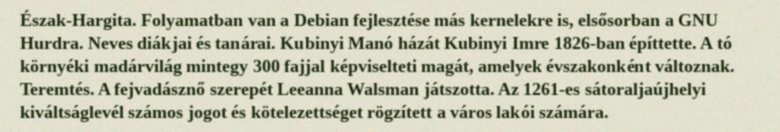
Észak-Hargita. Folyamatban van a Debian fejlesztése más kernelekre is, elsősorban a GNU Hurdra. Neves diákjai és tanárai. Kubinyi Manó házát Kubinyi Imre 1826-ban építtette. A tó környéki madárvilág mintegy 300 fajjal képviselteti magát, amelyek évszakonként változnak. Teremtés. A fejvadásznő szerepét Leeanna Walsman játszotta. Az 1261-es sátoraljaújhelyi kiváltságlevél számos jogot és kötelezettséget rögzített a város lakói számára.